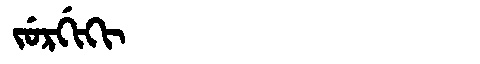
Manchu: ᠵᡠᡵᡤᡳᡴᡳ
Romanization: JURGIKI